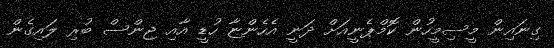
ގިނައިން މީސިމީހުން ކޮމްޕެނީއަށް ދަނީ އެހެންޏާ ހުޑީ އާއި ޖިންސް ބުރި ލައިގެން